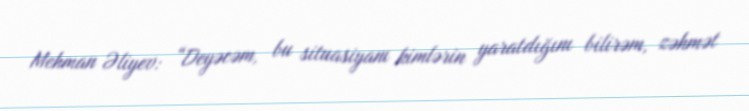
Mehman Əliyev: “Deyəcəm, bu situasiyanı kimlərin yaratdığını bilirəm, zəhmət